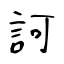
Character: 訶